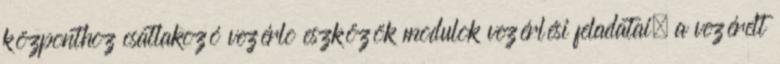
központhoz csatlakozó vezérlõ eszközök modulok vezérlési feladatai, a vezérelt